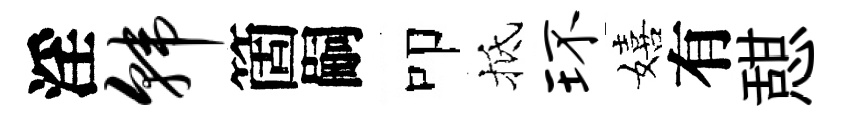
淫韩箇嗣叩抵环嬉有憇